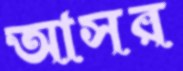
আসর